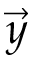
\vec { y }